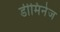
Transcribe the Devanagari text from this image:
डीमिनेज